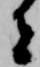
者